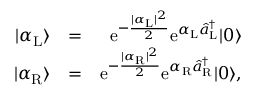
\begin{array} { r l r } { | \alpha _ { \mathrm { L } } \rangle } & { = } & { \mathrm { e } ^ { - \frac { | \alpha _ { \mathrm { L } } | ^ { 2 } } { 2 } } \mathrm { e } ^ { \alpha _ { \mathrm { L } } \hat { a } _ { \mathrm { L } } ^ { \dagger } } | 0 \rangle } \\ { | \alpha _ { \mathrm { R } } \rangle } & { = } & { \mathrm { e } ^ { - \frac { | \alpha _ { \mathrm { R } } | ^ { 2 } } { 2 } } \mathrm { e } ^ { \alpha _ { \mathrm { R } } \hat { a } _ { \mathrm { R } } ^ { \dagger } } | 0 \rangle , } \end{array}